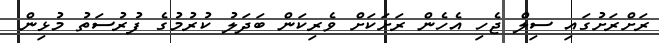
ރަށްރަށުގައި ސިލް ޖެހި އެހެން ރަށަކަށް ވެރިކަން ބަދަލު ކުރުމުގެ ފުރުސަތު މުޅިން